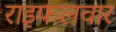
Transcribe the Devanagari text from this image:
राइफलवार